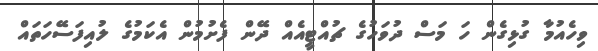
ވިހެއުމާ ގުޅިގެން ހަ މަސް ދުވަހުގެ ޗުއްޓީއެއް ދޭން ފެށުމުން އެކަމުގެ ލުއިފަސޭހަތައް